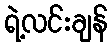
ရဲ့လင်းချန်